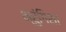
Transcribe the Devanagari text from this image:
भ्रुंगिशा